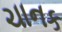
ચાનક